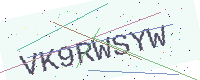
Text: VK9RWSYW